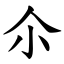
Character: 尒